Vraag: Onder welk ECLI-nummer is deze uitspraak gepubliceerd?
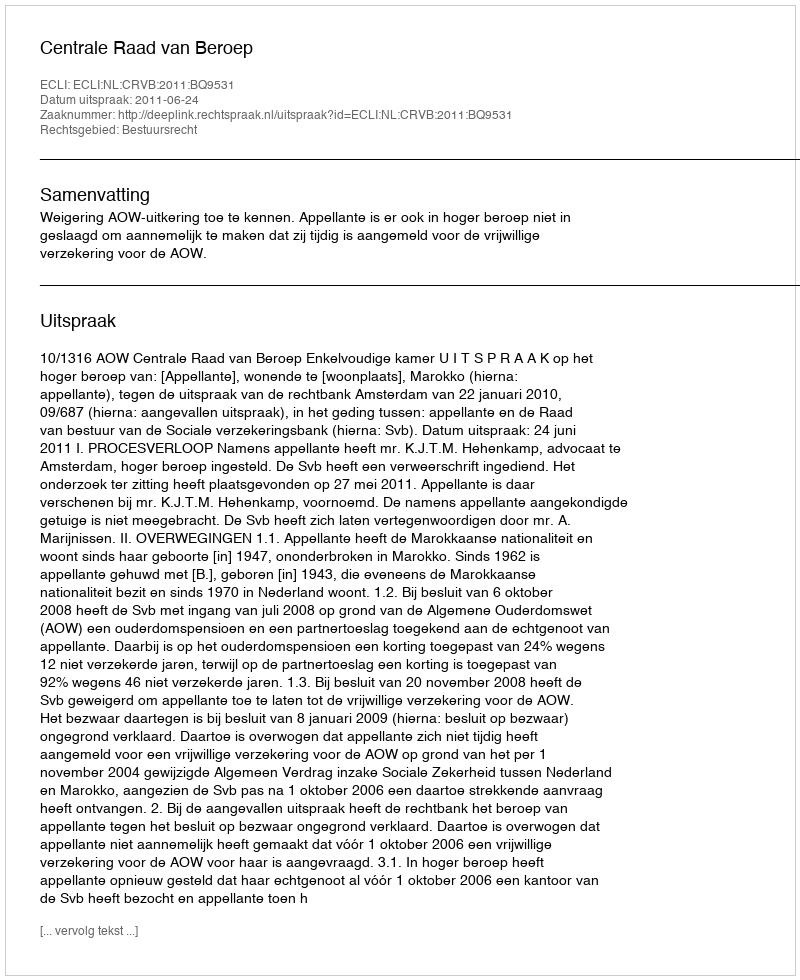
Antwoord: ECLI:NL:CRVB:2011:BQ9531